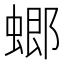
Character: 𧎟